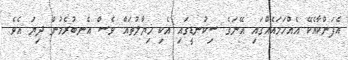
އެފަންކާއެކޭ އެއްހަމައެއްގައި އޭނަގެ ސިކުނޑީގައި އެކި ޚިޔާލުތައް ވެސް އެނބުރެމުން ދިޔަ އެވެ.